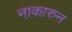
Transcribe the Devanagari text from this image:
नाकारुन